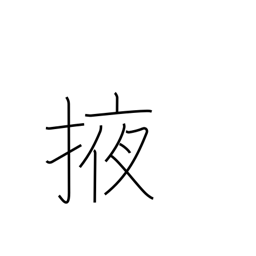
Meaning: carry under arm